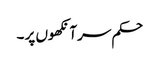
حکم سر آنکھوں پر ۔